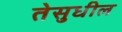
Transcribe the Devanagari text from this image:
तेसुधील